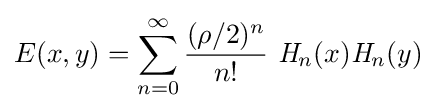
E(x,y)=\sum _{n=0}^{\infty }{\frac {(\rho /2)^{n}}{n!}}~{\mathit {H}}_{n}(x){\mathit {H}}_{n}(y)~